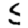
Digit: 5